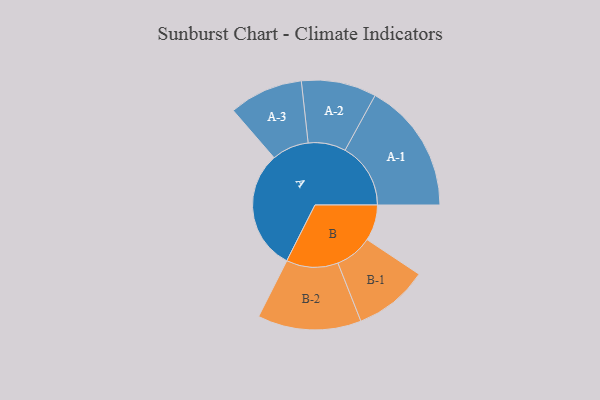
{"axis": {"x": "Segment", "y": "Value"}, "legend": ["", "A", "B"], "data": [{"x": "A", "y": 471, "type": ""}, {"x": "B", "y": 141, "type": ""}, {"x": "A-1", "y": 257, "type": "A"}, {"x": "A-2", "y": 147, "type": "A"}, {"x": "A-3", "y": 145, "type": "A"}, {"x": "B-1", "y": 146, "type": "B"}, {"x": "B-2", "y": 203, "type": "B"}]}